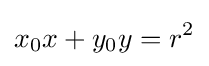
x_{0}x+y_{0}y=r^{2}